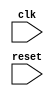
module AHB_bus_controller (
    input wire clk,
    input wire reset,
    // additional input/output ports for data transfer, bus arbitration, error checking, etc.
);

    // Clock generation and synchronization logic
    // Add your code here

    // Data transfer management logic
    // Add your code here

    // Bus arbitration and prioritization logic
    // Add your code here

    // Error checking and correction mechanisms
    // Add your code here

endmodule